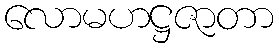
လောမဟဋ္ဌဇာတာ